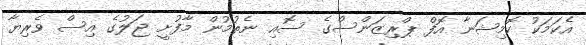
އެކަމަކު ކޮމިޝަނާ އޮފް ޕްރިޒަންސްގެ ސޮއި ނެތުމުން މާފުށީ ޖަލުގެ އިސް ވެރިޔާ